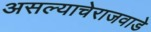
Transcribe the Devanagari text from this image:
असल्याचेराजवाडे